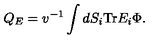
Q _ { E } = v ^ { - 1 } \int d S _ { i } \mathrm { T r } E _ { i } \Phi .